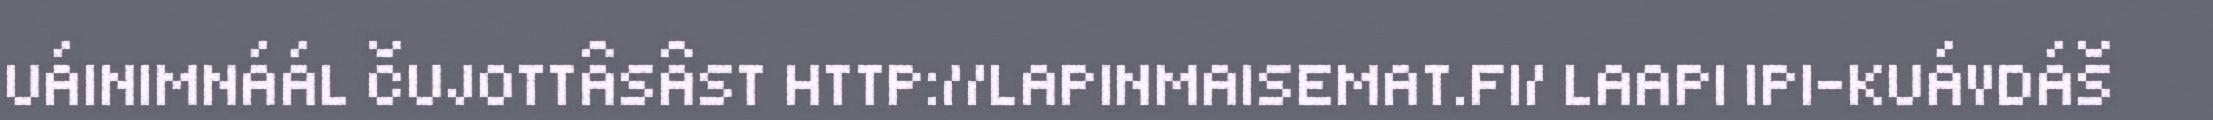
UÁINIMNÁÁL ČUJOTTÂSÂST HTTP://LAPINMAISEMAT.FI/ LAAPI IPI-KUÁVDÁŠ